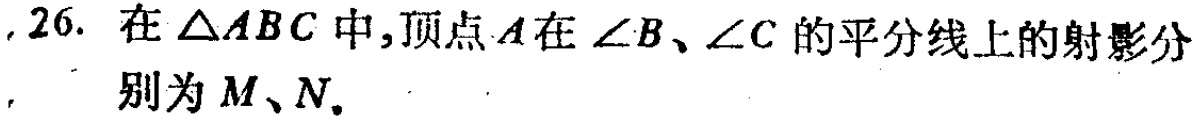
26. 在\(\triangle ABC\)中，顶点\(A\)在\(\angle B\)、\(\angle C\)的平分线上的射影分别为\(M\)、\(N\)。